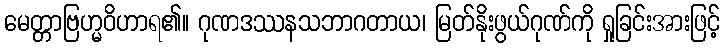
မေတ္တာဗြဟ္မဝိဟာရ၏။ ဂုဏဒဿနသဘာဂတာယ၊ မြတ်နိုးဖွယ်ဂုဏ်ကို ရှုခြင်းအားဖြင့်